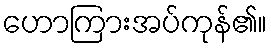
ဟောကြားအပ်ကုန်၏။